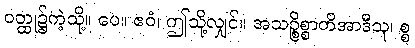
ဝတ္ထု၌ကဲ့သို့။ ပေ။ ဧဝံ၊ ဤသို့လျှင်။ အသဉ္စိစ္စာတိအာဒီသု၊ စ္စ